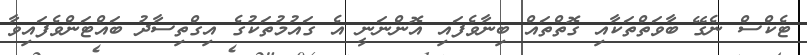
ޓެކްސް ނެގޭ ބާވަތްތަކާއި ގޮތްތައް ބިނާވެފައި އޮންނަނީ އެ ގައުމުތަކުގެ އިގްތިސާދު ބައްޓަންވެފައިވާ